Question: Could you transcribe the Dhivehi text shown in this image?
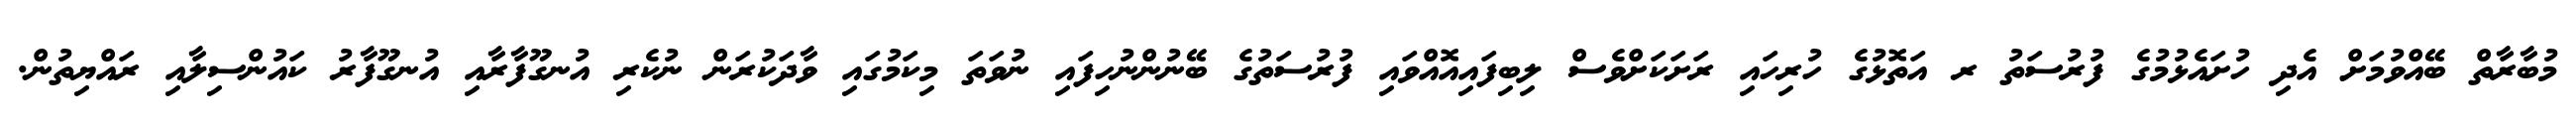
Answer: މުބާރާތް ބޭއްވުމަށް އެދި ހުށައެޅުމުގެ ފުރުސަތު ރ އަތޮޅުގެ ހުރިހައި ރަށަކަށްވެސް ލިބިފައިއޮއްވައި ފުރުސަތުގެ ބޭނުންނުހިފައި ނުވަތަ މިކަމުގައި ވާދަކުރަން ނުކެރި އުނގޫފާރާއި އުނގޫފާރު ކައުންސިލާއި ރައްޔިތުން.